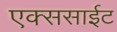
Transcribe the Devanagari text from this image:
एक्ससाईट